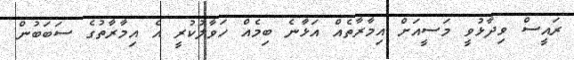
ރައީސް ވިދާޅުވީ މަސީއަށް އިމާރާތެއް އަޅާނެ ބިމެއް ހަވާލުކުރީ އެ އިމާރާތުގެ ސަބަބުން